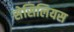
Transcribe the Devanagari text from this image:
सेसिलियस